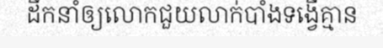
ដឹកនាំឲ្យលោកជួយលាក់បាំងទង្វើគ្មាន